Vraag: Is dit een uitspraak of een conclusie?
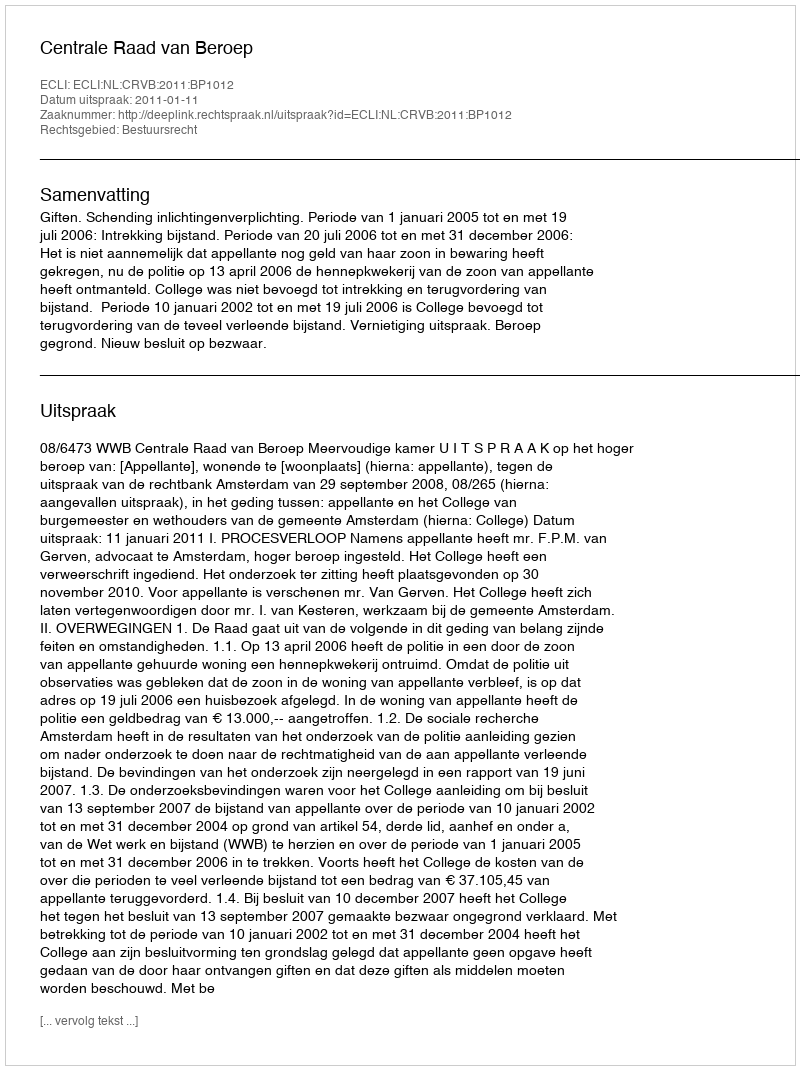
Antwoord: Uitspraak